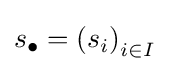
s_{\bullet }=\left(s_{i}\right)_{i\in I}